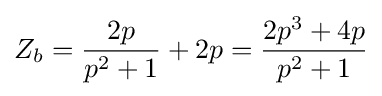
Z_{b}={\frac {2p}{p^{2}+1}}+2p={\frac {2p^{3}+4p}{p^{2}+1}}